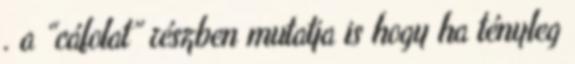
. a “cáfolat” részben mutatja is hogy ha tényleg